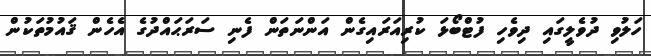
ހަލުވި ދުވެލީގައި ދިވެހި ފުޓްބޯޅަ ކުރިއަރައިގެން އަންނަތަން ފެނި ސަރަޙައްދުގެ އެހެން ޤައުމުތަކުން